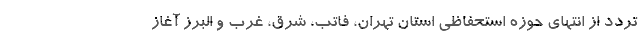
تردد از انتهای حوزه استحفاظی استان تهران، فاتب، شرق، غرب و البرز آغاز